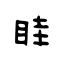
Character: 眭